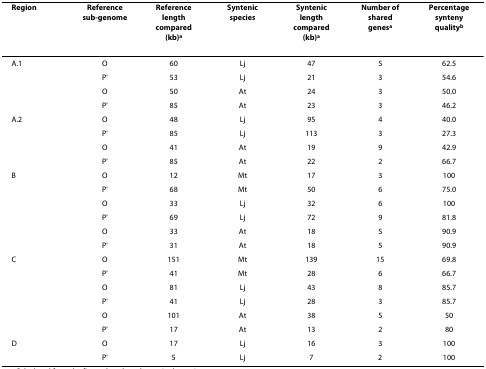
<table><thead><tr><td><b>Region</b></td><td><b>Reference sub-genome</b></td><td><b>Reference length compared (kb)<sup>a</sup></b></td><td><b>Syntenic species</b></td><td><b>Syntenic length compared (kb)<sup>a</sup></b></td><td><b>Number of shared genes<sup>a</sup></b></td><td><b>Percentage synteny quality<sup>b</sup></b></td></tr></thead><tbody><tr><td>A.1</td><td>O</td><td>60</td><td>Lj</td><td>47</td><td>5</td><td>62.5</td></tr><tr><td></td><td>P&#x27;</td><td>53</td><td>Lj</td><td>21</td><td>3</td><td>54.6</td></tr><tr><td></td><td>O</td><td>50</td><td>At</td><td>24</td><td>3</td><td>50.0</td></tr><tr><td></td><td>P&#x27;</td><td>85</td><td>At</td><td>23</td><td>3</td><td>46.2</td></tr><tr><td>A.2</td><td>O</td><td>48</td><td>Lj</td><td>95</td><td>4</td><td>40.0</td></tr><tr><td></td><td>P&#x27;</td><td>85</td><td>Lj</td><td>113</td><td>3</td><td>27.3</td></tr><tr><td></td><td>O</td><td>41</td><td>At</td><td>19</td><td>9</td><td>42.9</td></tr><tr><td></td><td>P&#x27;</td><td>85</td><td>At</td><td>22</td><td>2</td><td>66.7</td></tr><tr><td>B</td><td>O</td><td>12</td><td>Mt</td><td>17</td><td>3</td><td>100</td></tr><tr><td></td><td>P&#x27;</td><td>68</td><td>Mt</td><td>50</td><td>6</td><td>75.0</td></tr><tr><td></td><td>O</td><td>33</td><td>Lj</td><td>32</td><td>6</td><td>100</td></tr><tr><td></td><td>P&#x27;</td><td>69</td><td>Lj</td><td>72</td><td>9</td><td>81.8</td></tr><tr><td></td><td>O</td><td>33</td><td>At</td><td>18</td><td>5</td><td>90.9</td></tr><tr><td></td><td>P&#x27;</td><td>31</td><td>At</td><td>18</td><td>5</td><td>90.9</td></tr><tr><td>C</td><td>O</td><td>151</td><td>Mt</td><td>139</td><td>15</td><td>69.8</td></tr><tr><td></td><td>P&#x27;</td><td>41</td><td>Mt</td><td>28</td><td>6</td><td>66.7</td></tr><tr><td></td><td>O</td><td>81</td><td>Lj</td><td>43</td><td>8</td><td>85.7</td></tr><tr><td></td><td>P&#x27;</td><td>41</td><td>Lj</td><td>28</td><td>3</td><td>85.7</td></tr><tr><td></td><td>O</td><td>101</td><td>At</td><td>38</td><td>5</td><td>50</td></tr><tr><td></td><td>P&#x27;</td><td>17</td><td>At</td><td>13</td><td>2</td><td>80</td></tr><tr><td>D</td><td>O</td><td>17</td><td>Lj</td><td>16</td><td>3</td><td>100</td></tr><tr><td></td><td>P&#x27;</td><td>5</td><td>Lj</td><td>7</td><td>2</td><td>100</td></tr></tbody></table>